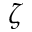
\zeta